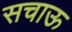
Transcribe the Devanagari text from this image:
सचाऊ